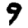
Digit: 9